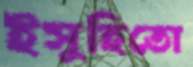
ইসুহিতো